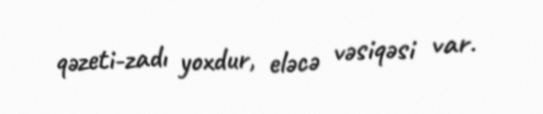
qəzeti-zadı yoxdur, eləcə vəsiqəsi var.